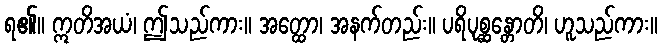
ရ၏။ ဣတိအယံ၊ ဤသည်ကား။ အတ္ထော၊ အနက်တည်း။ ပရိပုစ္ဆန္တောတိ၊ ဟူသည်ကား။